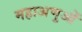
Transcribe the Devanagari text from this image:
महाअणुओं